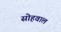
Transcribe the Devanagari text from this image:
सोहवाल